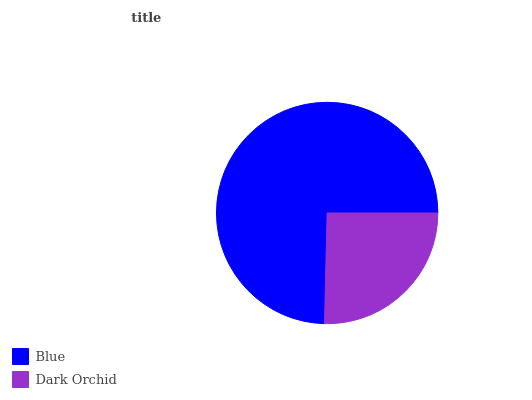
| Blue | Dark Orchid |
 | --- | --- |
 | 74.7% | 25.3% |